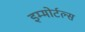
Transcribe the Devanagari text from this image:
इम्मोर्टल्स